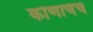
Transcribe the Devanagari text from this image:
कोणाचेच